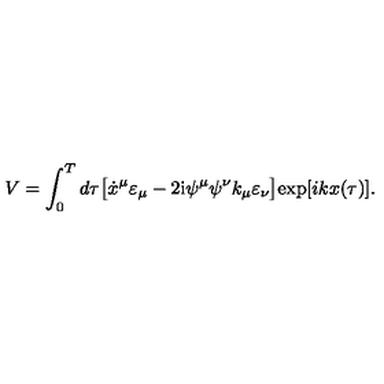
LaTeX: V = \int _ { 0 } ^ { T } d \tau \bigl [ \dot { x } ^ { \mu } \varepsilon _ { \mu } - 2 \mathrm { i } \psi ^ { \mu } \psi ^ { \nu } k _ { \mu } \varepsilon _ { \nu } \bigr ] \mathrm { e x p } [ i k x ( { \tau } ) ] .